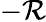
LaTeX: -\mathcal{R}